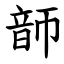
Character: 韴